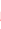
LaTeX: K\! \! \! \! \! \! \! \! \! \! \! \! =\! \! \! \! \! \! \! \! \! \! \! \! \{ \! \! \! \! \! \! \! \! \! \! \! \! \mathbf{x}\! \! \! \! \! \! \! \! \! \! \! \! \in\! \! \! \! \! \! \! \! \! \! \! \! \ensuremath{\! \! \! \! \! \! \! \! \! \! \! \! \mathbb{R}}\! \! \! \! \! \! \! \! \! \! \! \! ^{\! }\! \! \! \! \! \! \! \! \! \! \! 2\! \! \! \! \! \! \! \! \! \! \! \! :\! \! \! \! \! \! \! \! \! \! \! \! ,r\! \! \! \! \! \! \! \! \! \! \! \! _{\! }\! \! \! \! \! \! \! \! \! \! \! 0\! \! \! \! \! \! \! \! \! \! \! \! \leq\! \! \! \! \! \! \! \! \! \! \! \! \! \! \! \! \! \! \! \! \! \! \! \! |\! \! \! \! \! \! \! \! \! \! \! \! \mathbf{x}\! \! \! \! \! \! \! \! \! \! \! \! -\! \! \! \! \! \! \! \! \! \! \! \! \mathbf{x}\! \! \! \! \! \! \! \! \! \! \! \! _{\! }\! \! \! \! \! \! \! \! \! \! \! 0\! \! \! \! \! \! \! \! \! \! \! \! |\! \! \! \! \! \! \! \! \! \! \! \! \leq\! \! \! \! \! \! \! \! \! \! \! \! r\! \! \! \! \! \! \! \! \! \! \! \! _{\! }\! \! \! \! \! \! \! \! \! \! \! 1\! \! \! \! \! \! \! \! \! \! \! \! \} \! \! \! \! \! \! \! \! \! \! \! \! \subset\! \! \! \! \! \! \! \! \! \! \! \! D\! \! \! \! \! \! \! \! \! \! \! \! .\! \! \! \! \! \! \! \! \! \! \!